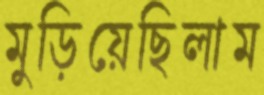
মুড়িয়েছিলাম